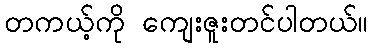
တကယ့်ကို ကျေးဇူးတင်ပါတယ်။